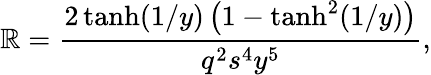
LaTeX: \mathbb{R}=\frac{{2\operatorname{tanh}(1/y)\left(1-\operatorname{tanh}^{2}(1/y)\right)}}{{q^{2}s^{4}y^{5}}},